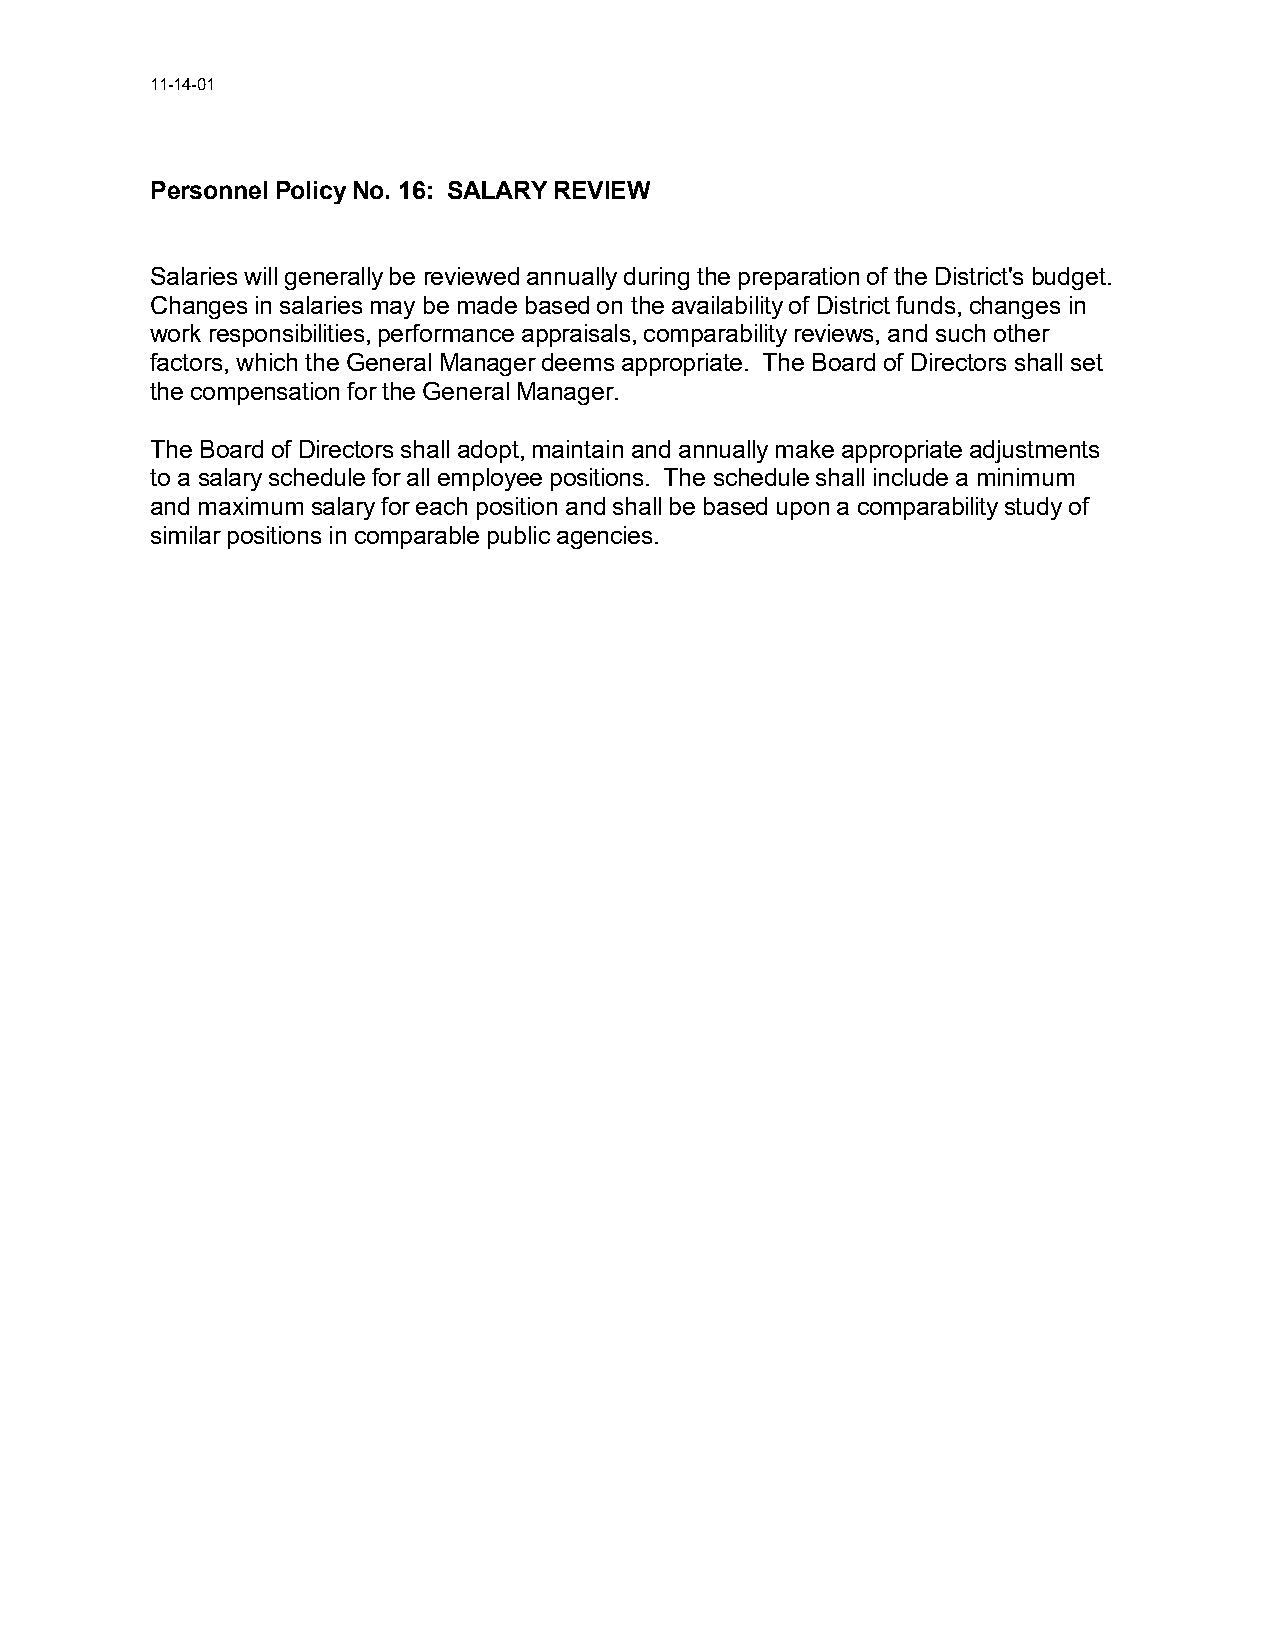
11-14-01
 Personnel Policy No. 16: SALARY REVIEW
 Salaries will generally be reviewed annually during the preparation of the District's budget.
 Changes in salaries may be made based on the availability of District funds, changes in
 work responsibilities, performance appraisals, comparability reviews, and such other
 factors, which the General Manager deems appropriate. The Board of Directors shall set
 the compensation for the General Manager.
 The Board of Directors shall adopt, maintain and annually make appropriate adjustments
 to a salary schedule for all employee positions. The schedule shall include a minimum
 and maximum salary for each position and shall be based upon a comparability study of
 similar positions in comparable public agencies.